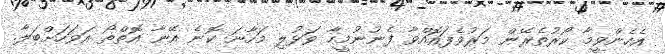
އެހެންވީމާ ކޯރުތެރޭން މަރުވެފައޮއްވާ ފެނުނުމީހާ ވަޅުލި މަހާނަ ކޮނެ އޭނާ އޮތްތޯ އަވަހަށްބަލާ.